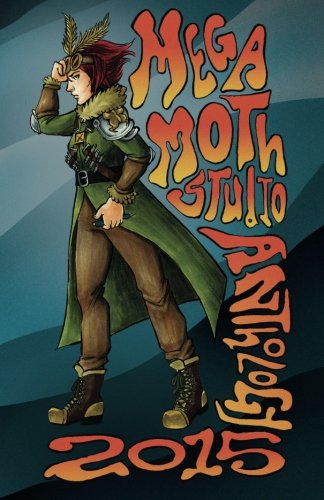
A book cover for Megamoth Studio Anthology 2015; Megamoth Studio; Comics & Graphic Novels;